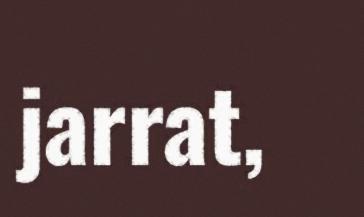
jarrat,